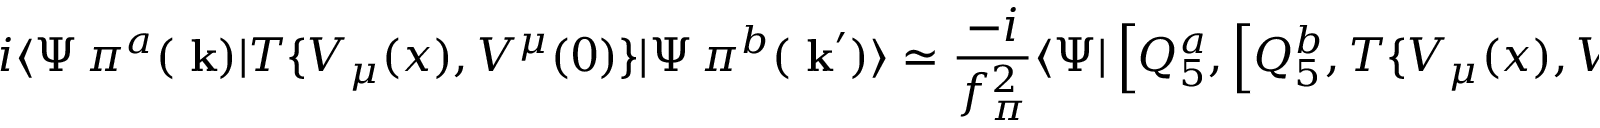
i \langle \Psi \, \pi ^ { a } ( \mathrm { \bf ~ k } ) | T \{ V _ { \mu } ( x ) , V ^ { \mu } ( 0 ) \} | \Psi \, \pi ^ { b } ( \mathrm { \bf ~ k } ^ { \prime } ) \rangle \simeq { \frac { - i } { f _ { \pi } ^ { 2 } } } \langle \Psi | \left[ Q _ { 5 } ^ { a } , \left[ Q _ { 5 } ^ { b } , T \{ V _ { \mu } ( x ) , V ^ { \mu } ( 0 ) \} \right] \right] | \Psi \rangle ,